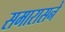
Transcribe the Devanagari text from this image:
समारासने